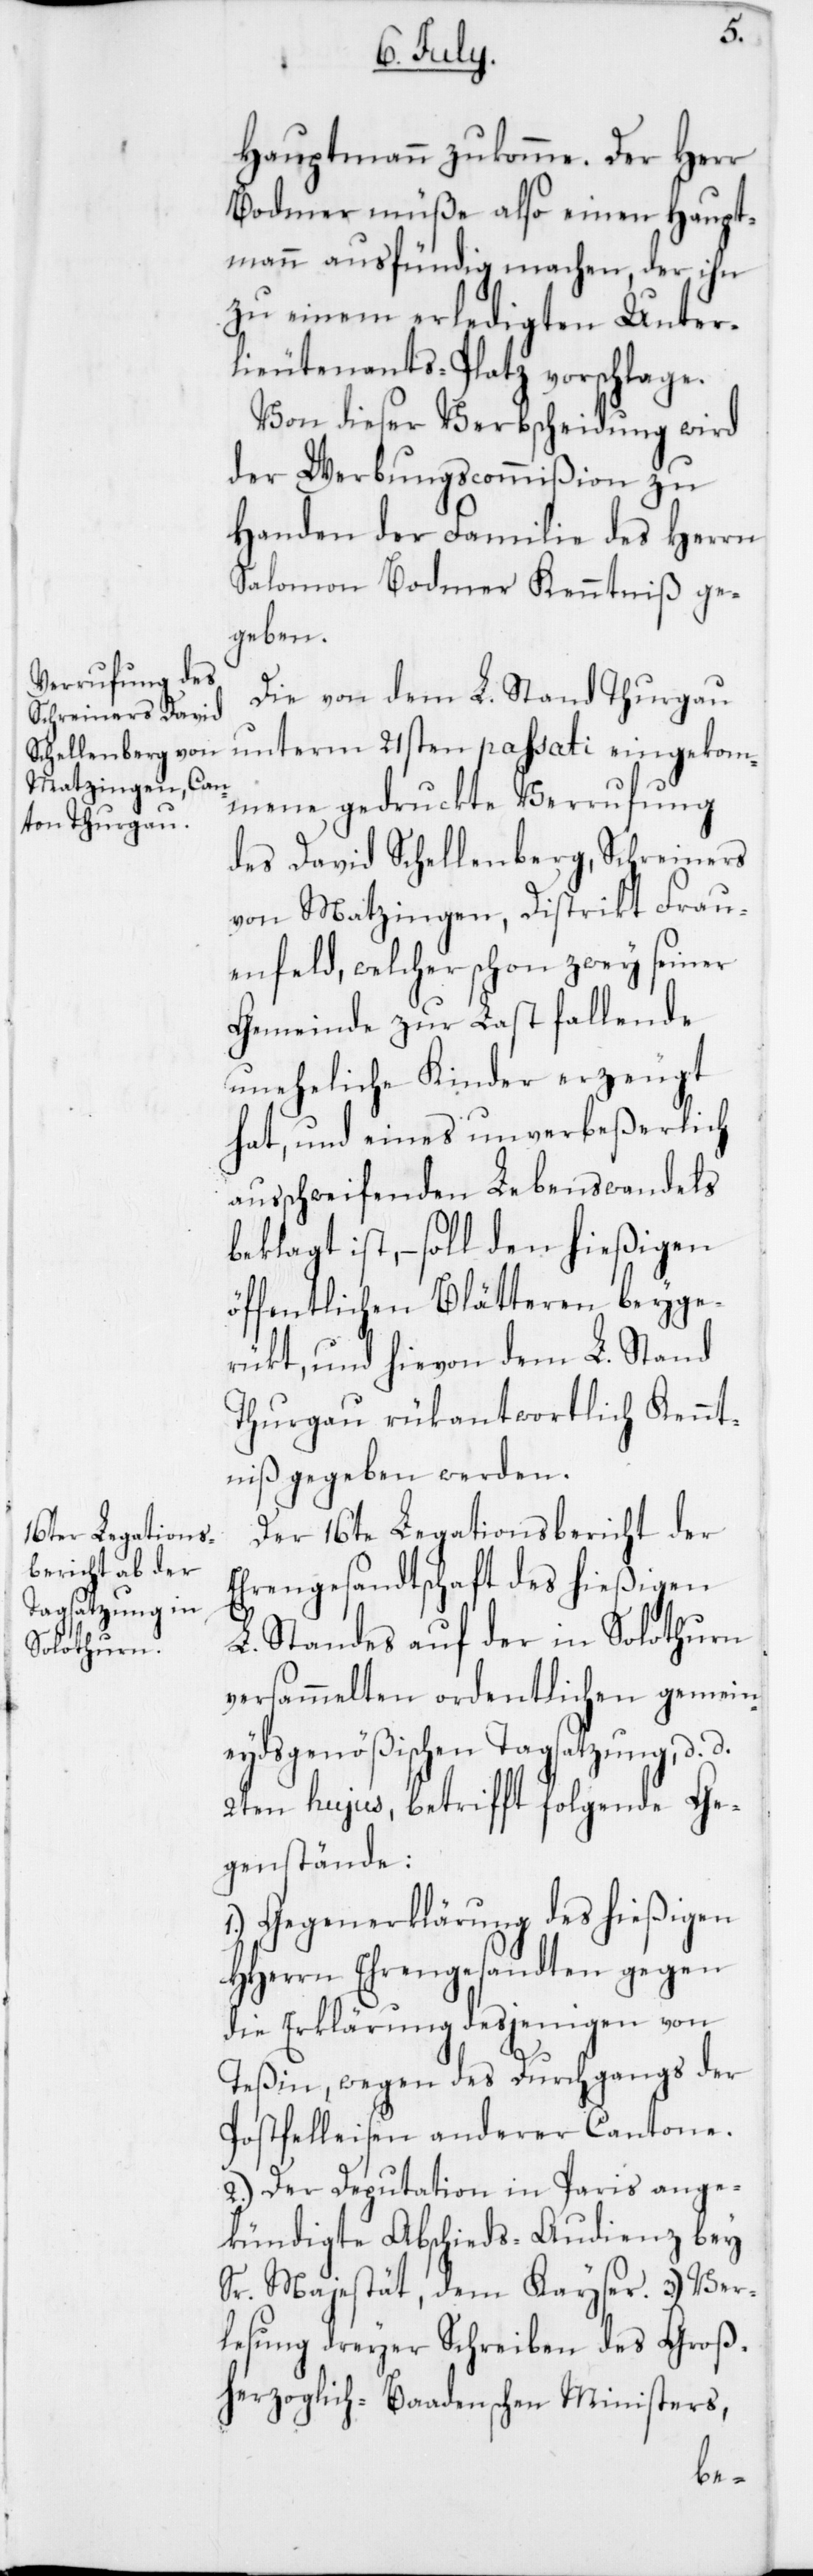
Hauptmann zukomme. Der Herr
Bodmer müße also einen Haupt¬
mann ausfündig machen, der ihn
zu einem erledigten Unter¬
lieutenants-Platz vorschlage.
Von dieser Verbscheidung wird
der Werbungscommißion zu
Handen der Familie des Herrn
Salomon Bodmer Kenntniß ge¬
geben.
Die von dem L. Stand Thurgau
unterm 21sten passati eingekom¬
mene gedruckte Verrufung
des David Schellenberg, Schreiners
von Matzingen, Distrikt Frau¬
enfeld, welcher schon zwey seiner
Gemeinde zur Last fallende
uneheliche Kinder erzeugt
hat, und eines unverbeßerlich
ausschweifenden Lebenswandels
beklagt ist, – soll den hießigen
öffentlichen Blätteren beyge¬
rückt, und hievon dem L. Stand
Thurgau rükantwortlich Kennt¬
niß gegeben werden.
Der 16ten Legationsbericht der
Ehrengesandtschaft des hießigen
L. Standes auf der in Solothurn
versammelten ordentlichen gemein¬
eydsgenößischen Tagsatzung, d.
2ten hujus, betrifft folgende Ge¬
genstände:
1. Gegenerklärung des hießigen
HHerrn Ehrengesandten gegen
die Erklärung desjenigen von
Teßin, wegen des Durchgangs der
Postfelleisen anderer Cantone.
2. Der Deputation in Paris ange¬
kündigte Abschieds-Audienz bey
Sr. Majestät, dem Kayser. 3. Ver¬
lesung dreyer Schreiben des Groß¬
herzoglich-baadenschen Ministers,